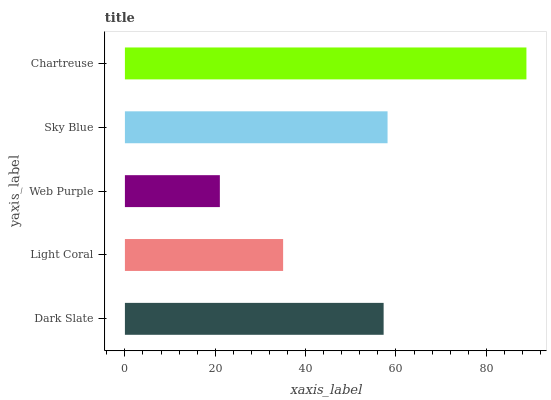
| yaxis_label | bars |
 | --- | --- |
 | Dark Slate | 57.3 |
 | Light Coral | 35 |
 | Web Purple | 21 |
 | Sky Blue | 58.1 |
 | Chartreuse | 88.9 |